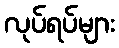
လုပ်ရပ်များ